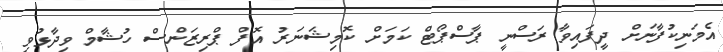
އެމަނިކުފާނަށް ދީފައިވާ ރަސްނީ ޕާސްޕޯޓް ކަމަށް ކޮމިޝަނަރު އޮފް ޕްރިޒަންސް ހުޝާމް ވިދާޅުވި